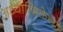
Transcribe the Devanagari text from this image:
अध्यात्मिक्तेच्या